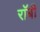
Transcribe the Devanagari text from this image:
राॅबी